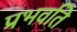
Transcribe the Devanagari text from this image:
प्रभवति